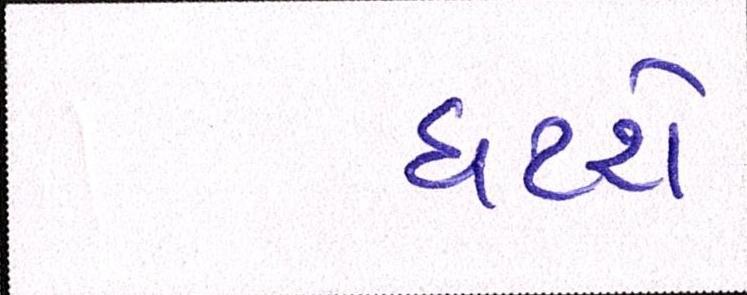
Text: ઘટશે